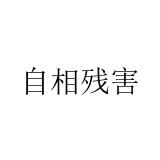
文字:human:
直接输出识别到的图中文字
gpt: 自相残害